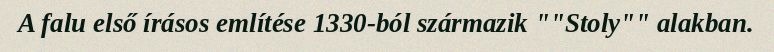
A falu első írásos említése 1330-ból származik ""Stoly"" alakban.